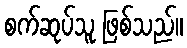
စက်ဆုပ်သူ ဖြစ်သည်။